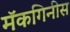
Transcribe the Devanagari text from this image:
मॅकगिनीस